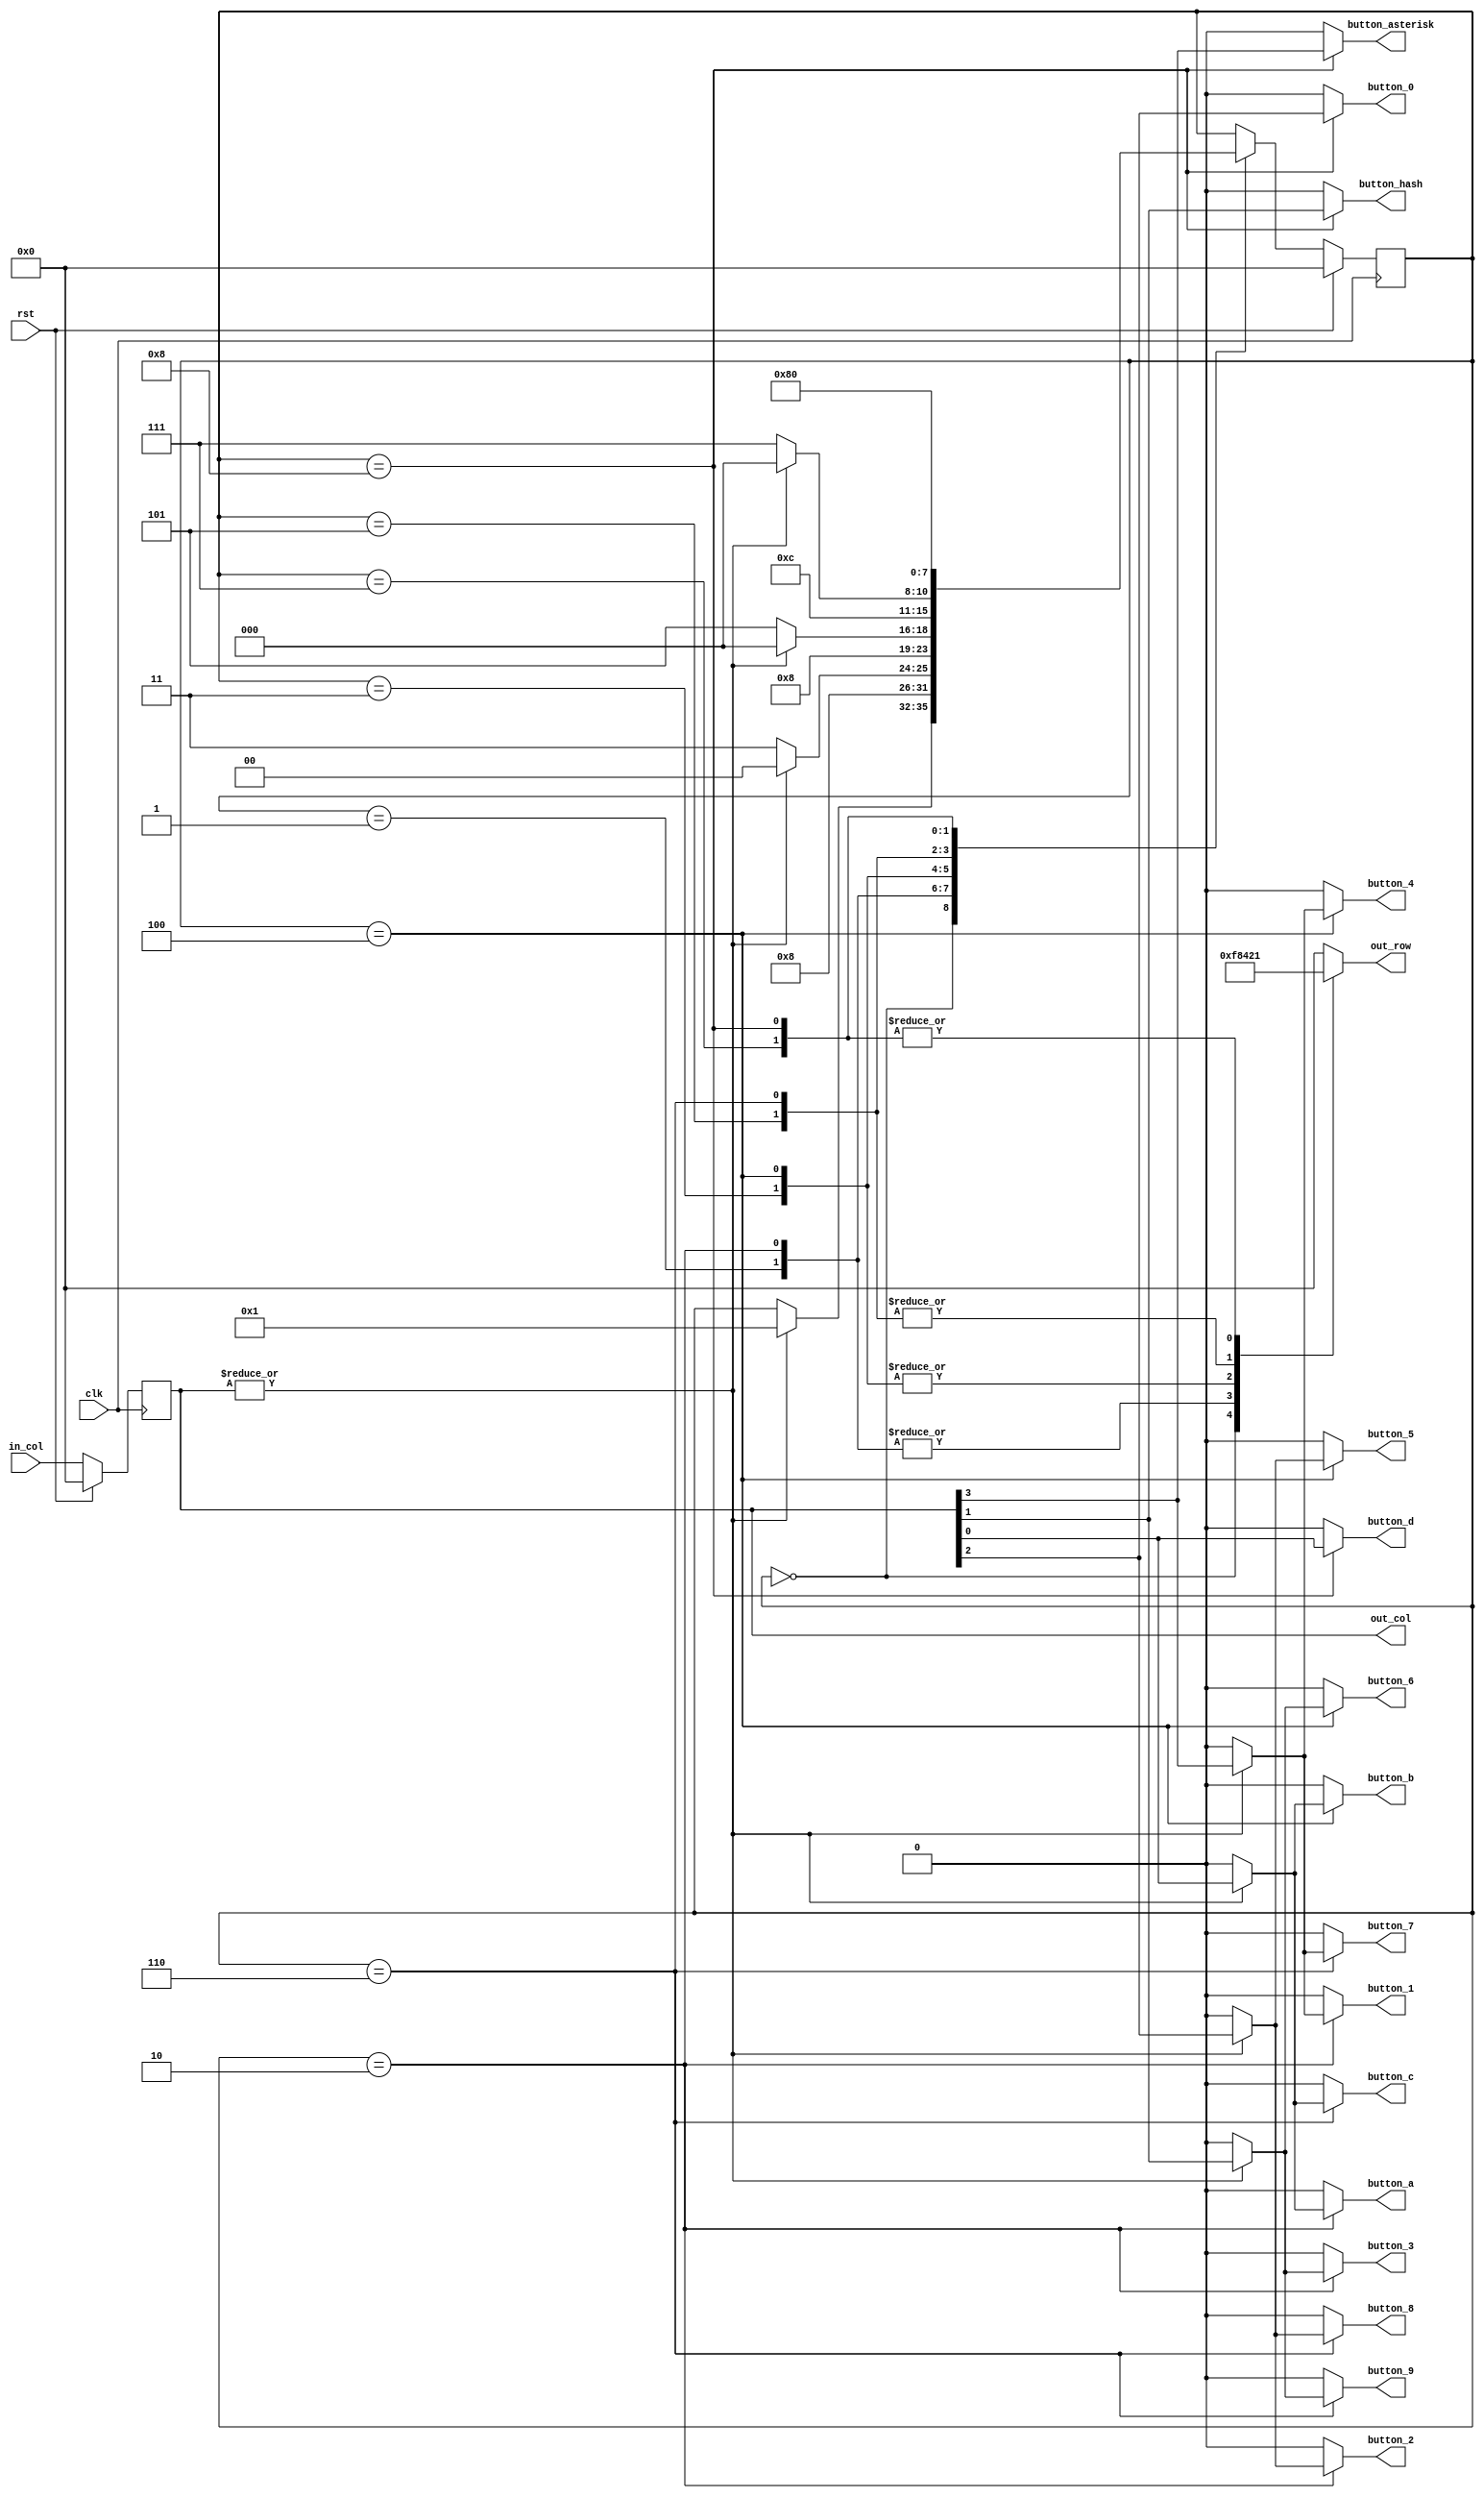
/*
   This file was generated automatically by Alchitry Labs version 1.2.7.
   Do not edit this file directly. Instead edit the original Lucid source.
   This is a temporary file and any changes made to it will be destroyed.
*/

module keypadDriver_5 (
    input clk,
    input rst,
    input [3:0] in_col,
    output reg [3:0] out_row,
    output reg [3:0] out_col,
    output reg button_0,
    output reg button_1,
    output reg button_2,
    output reg button_3,
    output reg button_4,
    output reg button_5,
    output reg button_6,
    output reg button_7,
    output reg button_8,
    output reg button_9,
    output reg button_a,
    output reg button_b,
    output reg button_c,
    output reg button_d,
    output reg button_asterisk,
    output reg button_hash
  );
  
  
  
  localparam DETECT_COL_driver = 4'd0;
  localparam DETECT_ROW1_PT1_driver = 4'd1;
  localparam DETECT_ROW1_PT2_driver = 4'd2;
  localparam DETECT_ROW2_PT1_driver = 4'd3;
  localparam DETECT_ROW2_PT2_driver = 4'd4;
  localparam DETECT_ROW3_PT1_driver = 4'd5;
  localparam DETECT_ROW3_PT2_driver = 4'd6;
  localparam DETECT_ROW4_PT1_driver = 4'd7;
  localparam DETECT_ROW4_PT2_driver = 4'd8;
  
  reg [3:0] M_driver_d, M_driver_q = DETECT_COL_driver;
  reg [3:0] M_in_col_dff_d, M_in_col_dff_q = 1'h0;
  
  always @* begin
    M_driver_d = M_driver_q;
    M_in_col_dff_d = M_in_col_dff_q;
    
    button_0 = 1'h0;
    button_1 = 1'h0;
    button_2 = 1'h0;
    button_3 = 1'h0;
    button_4 = 1'h0;
    button_5 = 1'h0;
    button_6 = 1'h0;
    button_7 = 1'h0;
    button_8 = 1'h0;
    button_9 = 1'h0;
    button_a = 1'h0;
    button_b = 1'h0;
    button_c = 1'h0;
    button_d = 1'h0;
    button_asterisk = 1'h0;
    button_hash = 1'h0;
    M_in_col_dff_d = in_col;
    out_col = M_in_col_dff_q;
    
    case (M_driver_q)
      DETECT_COL_driver: begin
        out_row = 4'hf;
        if ((|M_in_col_dff_q)) begin
          M_driver_d = DETECT_ROW1_PT1_driver;
        end
      end
      DETECT_ROW1_PT1_driver: begin
        out_row = 4'h8;
        M_in_col_dff_d = in_col;
        M_driver_d = DETECT_ROW1_PT2_driver;
      end
      DETECT_ROW1_PT2_driver: begin
        out_row = 4'h8;
        if ((|M_in_col_dff_q)) begin
          button_1 = M_in_col_dff_q[3+0-:1];
          button_2 = M_in_col_dff_q[2+0-:1];
          button_3 = M_in_col_dff_q[1+0-:1];
          button_a = M_in_col_dff_q[0+0-:1];
          M_driver_d = DETECT_COL_driver;
        end else begin
          M_driver_d = DETECT_ROW2_PT1_driver;
        end
      end
      DETECT_ROW2_PT1_driver: begin
        out_row = 4'h4;
        M_in_col_dff_d = in_col;
        M_driver_d = DETECT_ROW2_PT2_driver;
      end
      DETECT_ROW2_PT2_driver: begin
        out_row = 4'h4;
        if ((|M_in_col_dff_q)) begin
          button_4 = M_in_col_dff_q[3+0-:1];
          button_5 = M_in_col_dff_q[2+0-:1];
          button_6 = M_in_col_dff_q[1+0-:1];
          button_b = M_in_col_dff_q[0+0-:1];
          M_driver_d = DETECT_COL_driver;
        end else begin
          M_driver_d = DETECT_ROW3_PT1_driver;
        end
      end
      DETECT_ROW3_PT1_driver: begin
        out_row = 4'h2;
        M_in_col_dff_d = in_col;
        M_driver_d = DETECT_ROW3_PT2_driver;
      end
      DETECT_ROW3_PT2_driver: begin
        out_row = 4'h2;
        if ((|M_in_col_dff_q)) begin
          button_7 = M_in_col_dff_q[3+0-:1];
          button_8 = M_in_col_dff_q[2+0-:1];
          button_9 = M_in_col_dff_q[1+0-:1];
          button_c = M_in_col_dff_q[0+0-:1];
          M_driver_d = DETECT_COL_driver;
        end else begin
          M_driver_d = DETECT_ROW4_PT1_driver;
        end
      end
      DETECT_ROW4_PT1_driver: begin
        out_row = 4'h1;
        M_in_col_dff_d = in_col;
        M_driver_d = DETECT_ROW4_PT2_driver;
      end
      DETECT_ROW4_PT2_driver: begin
        out_row = 4'h1;
        button_asterisk = M_in_col_dff_q[3+0-:1];
        button_0 = M_in_col_dff_q[2+0-:1];
        button_hash = M_in_col_dff_q[1+0-:1];
        button_d = M_in_col_dff_q[0+0-:1];
        M_driver_d = DETECT_COL_driver;
      end
      default: begin
        out_row = 4'h0;
      end
    endcase
  end
  
  always @(posedge clk) begin
    if (rst == 1'b1) begin
      M_in_col_dff_q <= 1'h0;
      M_driver_q <= 1'h0;
    end else begin
      M_in_col_dff_q <= M_in_col_dff_d;
      M_driver_q <= M_driver_d;
    end
  end
  
endmodule